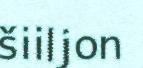
šiiljon